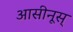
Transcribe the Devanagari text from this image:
आसीनूस्